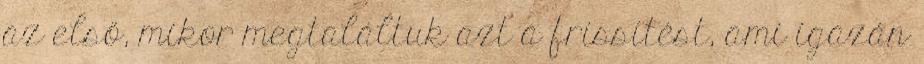
az első, mikor megtaláltuk azt a frissítést, ami igazán